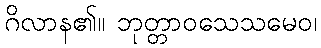
ဂိလာန၏။ ဘုတ္တာဝသေသမေဝ၊